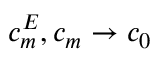
c _ { m } ^ { E } , c _ { m } \to c _ { 0 }